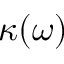
\kappa ( \omega )